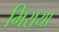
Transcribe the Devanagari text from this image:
मिराया